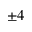
\pm 4